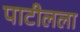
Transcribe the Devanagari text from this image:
पाटीलला